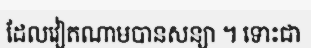
ដែលវៀតណាមបានសន្យា ។ ទោះជា